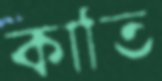
কাতি